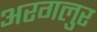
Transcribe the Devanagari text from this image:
अरगलुर